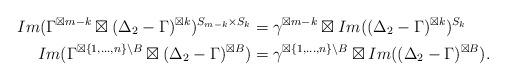
LaTeX: \begin{align*}Im(\Gamma^{\boxtimes m-k}\boxtimes (\Delta_2-\Gamma)^{\boxtimes k})^{S_{m-k}\times S_{k}}&=\gamma^{\boxtimes m-k} \boxtimes Im((\Delta_2-\Gamma)^{\boxtimes k})^{S_{k}}\\Im(\Gamma^{\boxtimes \{1,\ldots,n\}\setminus B}\boxtimes (\Delta_2-\Gamma)^{\boxtimes B})&=\gamma^{\boxtimes \{1,\ldots,n\}\setminus B} \boxtimes Im((\Delta_2-\Gamma)^{\boxtimes B}).\end{align*}